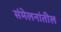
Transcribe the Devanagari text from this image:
संमेलनांतील